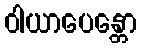
ဝါယာပေန္တော